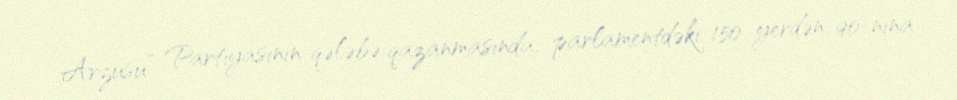
Arzusu” Partiyasının qələbə qazanmasında, parlamentdəki 150 yerdən 90-nına